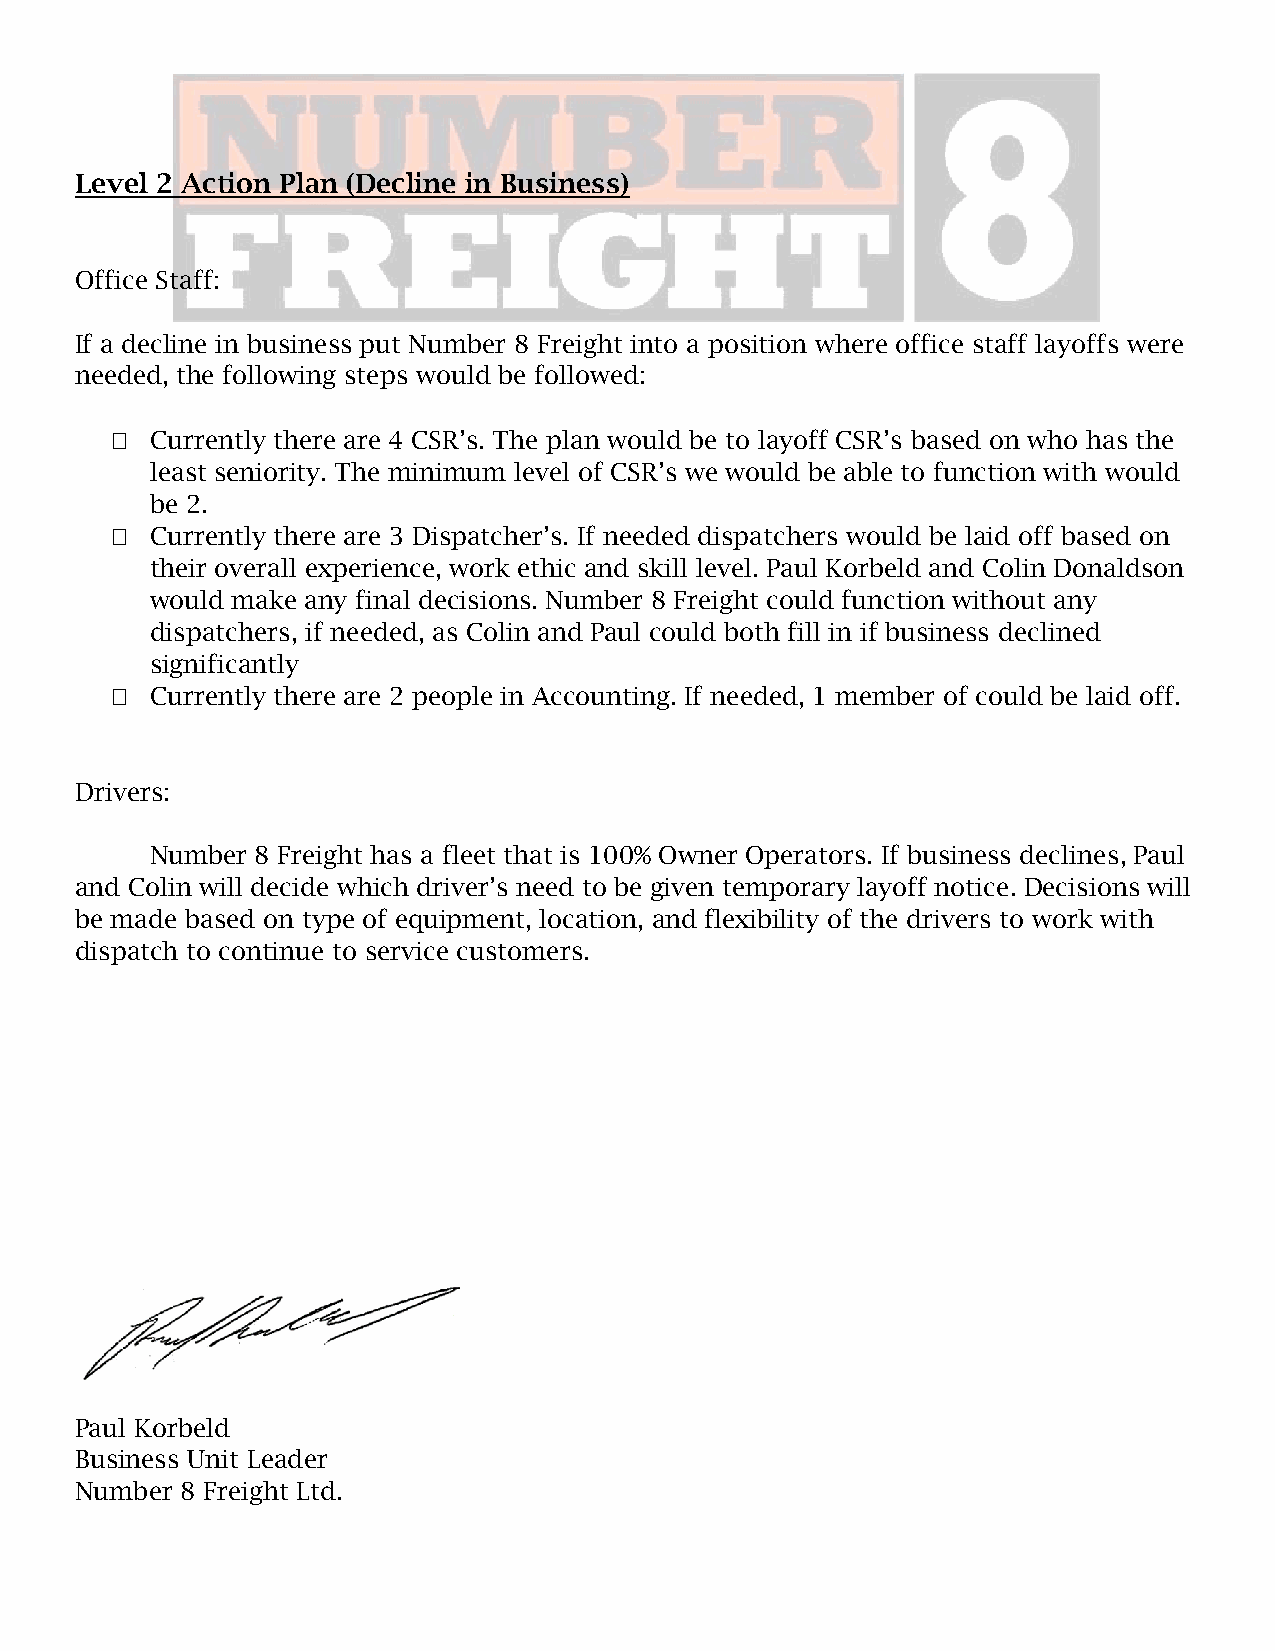
Level 2 Action Plan (Decline in Business)
 Office Staff:
 If a decline in business put Number 8 Freight into a position where office staff layoffs were
 needed, the following steps would be followed:
   Currently there are 4 CSR’s. The plan would be to layoff CSR’s based on who has the
 least seniority. The minimum level of CSR’s we would be able to function with would
 be 2.
   Currently there are 3 Dispatcher’s. If needed dispatchers would be laid off based on
 their overall experience, work ethic and skill level. Paul Korbeld and Colin Donaldson
 would make any final decisions. Number 8 Freight could function without any
 dispatchers, if needed, as Colin and Paul could both fill in if business declined
 significantly
   Currently there are 2 people in Accounting. If needed, 1 member of could be laid off.
 Drivers:
 Number 8 Freight has a fleet that is 100% Owner Operators. If business declines, Paul
 and Colin will decide which driver’s need to be given temporary layoff notice. Decisions will
 be made based on type of equipment, location, and flexibility of the drivers to work with
 dispatch to continue to service customers.
 Paul Korbeld
 Business Unit Leader
 Number 8 Freight Ltd.